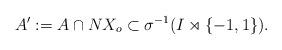
LaTeX: \begin{align*}A' := A \cap NX_o \subset \sigma^{-1}(I \rtimes \{-1,1\}).\end{align*}